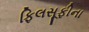
ફિલસૂફીના